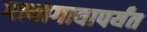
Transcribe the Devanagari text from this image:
गावागावापर्यंत